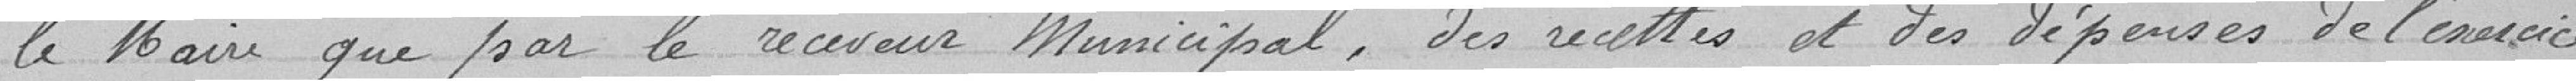
le Maire que pour le receveur Municipal, des recettes et des dépenses de l'exercice